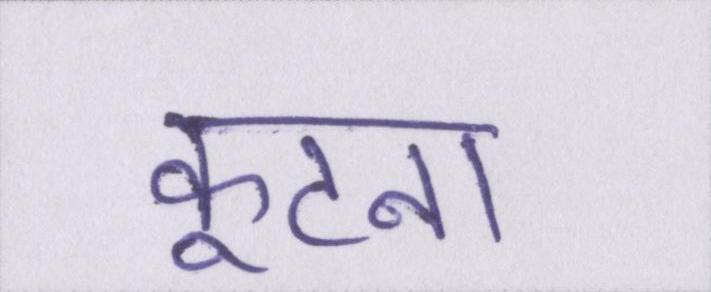
कूटना